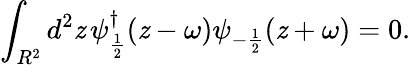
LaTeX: \int_{R^{2}}d^{2}\mathit{z}\, \psi_{\frac{{1}}{{2}}}^{\dagger}(\mathit{z}-\omega)\psi_{-\frac{{1}}{{2}}}(\mathit{z}+\omega)=0.